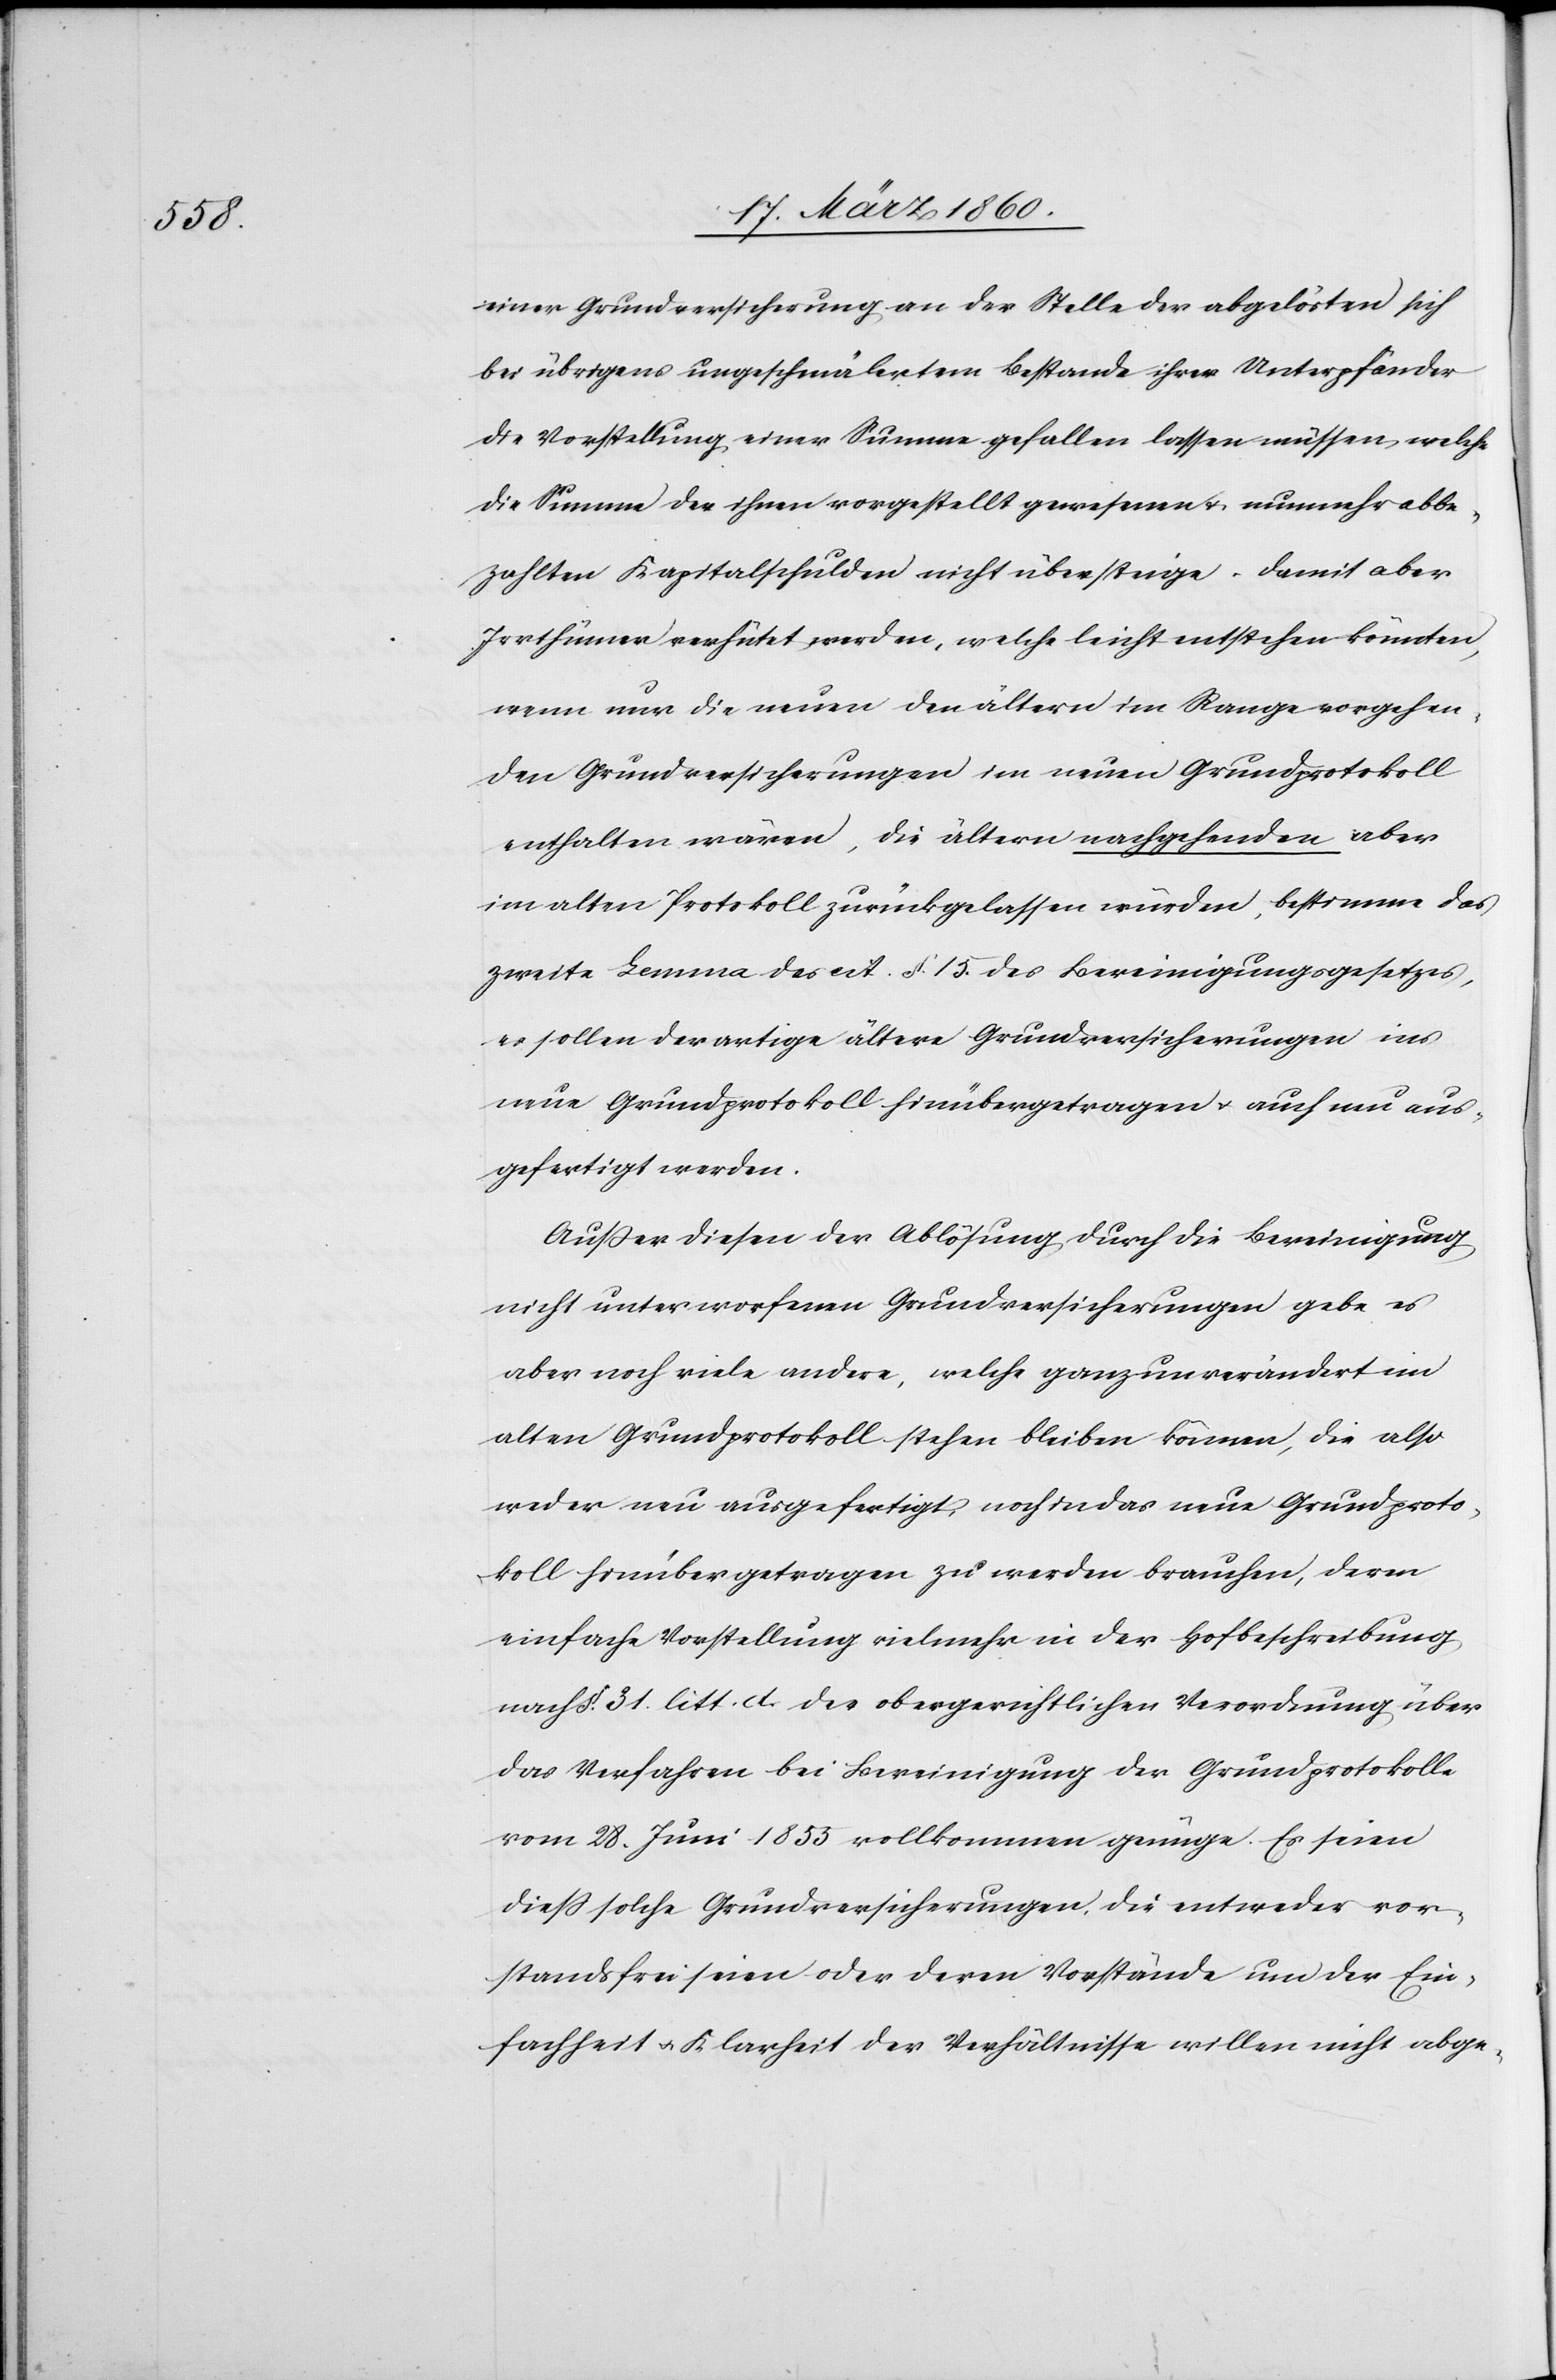
einer Grundversicherung an der Stelle der abgelösten sich
bei übrigens ungeschmälertem Bestande ihrer Unterpfänder
die Vorstellung einer Summe gefallen lassen müssen, welche
die Summe der ihnen vorgestellt gewesenen u. nunmehr abbe¬
zahlten Kapitalschulden nicht übersteige. Damit aber
Irrthümer verhütet werden, welche leicht entstehen könnten,
wenn nur die neuen den ältern im Range vorgehen¬
den Grundversicherungen im neuen Grundprotokoll
enthalten wären, die ältern nachgehenden aber
im alten Protokoll zurückgelassen würden, bestimme das
zweite Lemma des cit. §. 15. des Bereinigungsgesetzes,
es sollen derartige ältere Grundversicherungen ins
neue Grundprotokoll hinübergetragen u. auch neu aus¬
gefertigt werden.
Ausser diesen der Ablösung durch die Bereinigung
nicht unterworfenen Grundversicherungen gebe es
aber noch viele andere, welche ganz unverändert im
alten Grundprotokoll stehen bleiben können, die also
weder neu ausgefertigt, noch in das neue Grundproto¬
koll hinüber getragen zu werden brauchen, davon
einfache Vorstellung vielmehr in der Hofbeschreibung
nach §. 31. litt. d. des obergerichtlichen Verordnung über
das Verfahren bei Bereinigung der Grundprotokolle
vom 28. Juni 1853 vollkommen genüge. Es seien
diess solche Grundversicherungen, die entweder vor¬
standsfrei seien oder deren Vorstände und der Ein¬
fachheit u. Klarheit der Verhältnisse willen nicht abge-